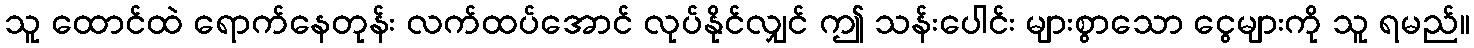
သူ ထောင်ထဲ ရောက်နေတုန်း လက်ထပ်အောင် လုပ်နိုင်လျှင် ဤ သန်းပေါင်း များစွာသော ငွေများကို သူ ရမည်။